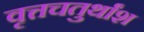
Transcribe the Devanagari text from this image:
वृत्तचतुर्थांश